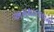
અમથાલાલનો